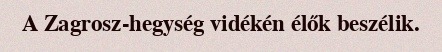
A Zagrosz-hegység vidékén élők beszélik.